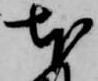
本